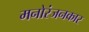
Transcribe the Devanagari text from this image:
मनोरंजनकार